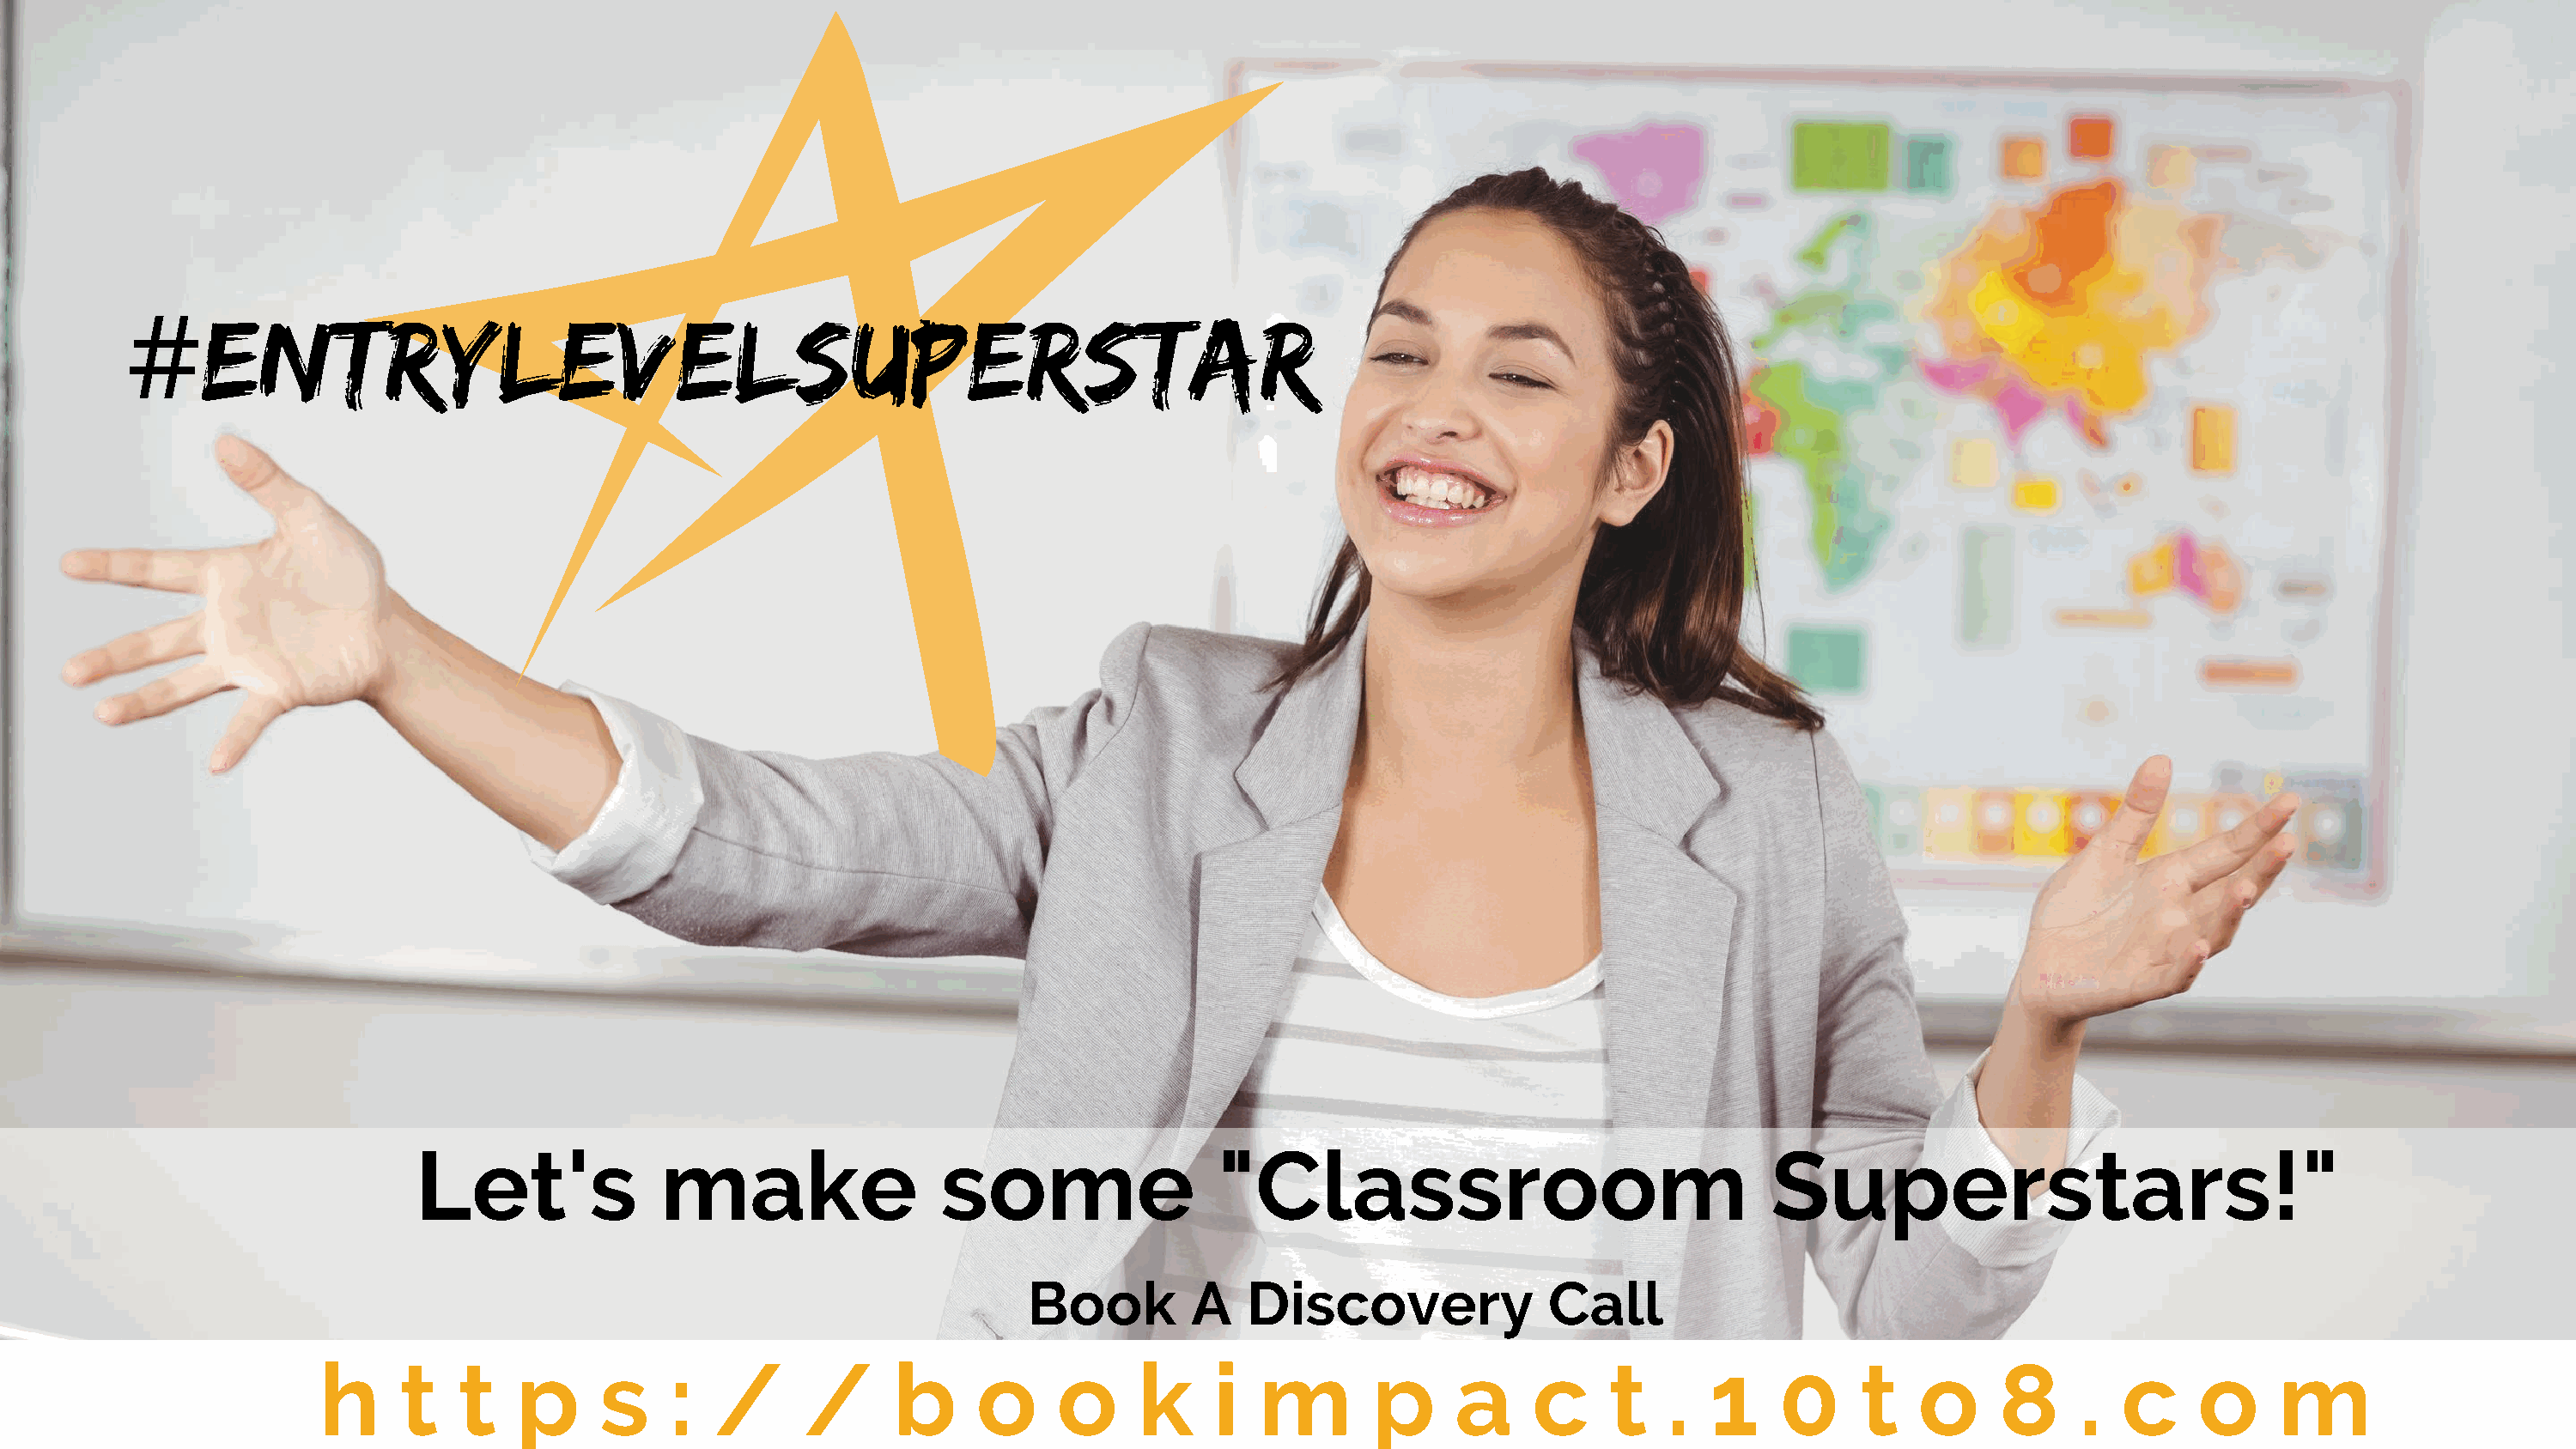
ENTRYLEVELSUPERSTAR
 #
 Let's              make                  some                 "Classroom                                 Superstars!"
 Book         A   Discovery              Call
 h     t   t    p     s     :  /      /      b     o     o      k     i  m        p     a     c     t    .  1    0     t    o     8     .   c    o      m